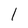
Character: I